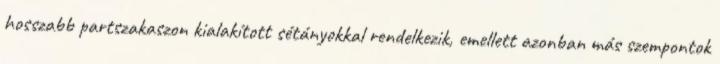
hosszabb partszakaszon kialakított sétányokkal rendelkezik, emellett azonban más szempontok